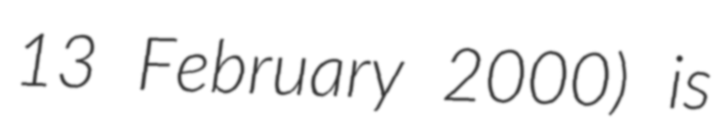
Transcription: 13 February 2000) is